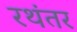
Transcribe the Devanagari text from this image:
रथंतर